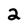
Character: 2